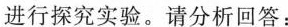
进行探究实验。请分析回答：